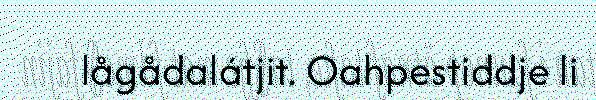
lågådalátjit. Oahpestiddje li